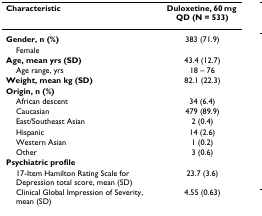
<table><thead><tr><td><b>Characteristic</b></td><td><b>Duloxetine, 60 mg QD (N = 533)</b></td></tr></thead><tbody><tr><td><b>Gender, n (%)</b></td><td>383 (71.9)</td></tr><tr><td> Female</td><td></td></tr><tr><td><b>Age, mean yrs (SD)</b></td><td>43.4 (12.7)</td></tr><tr><td> Age range, yrs</td><td>18 – 76</td></tr><tr><td><b>Weight, mean kg (SD)</b></td><td>82.1 (22.3)</td></tr><tr><td><b>Origin, n (%)</b></td><td></td></tr><tr><td> African descent</td><td>34 (6.4)</td></tr><tr><td> Caucasian</td><td>479 (89.9)</td></tr><tr><td> East/Southeast Asian</td><td>2 (0.4)</td></tr><tr><td> Hispanic</td><td>14 (2.6)</td></tr><tr><td> Western Asian</td><td>1 (0.2)</td></tr><tr><td> Other</td><td>3 (0.6)</td></tr><tr><td><b>Psychiatric profile</b></td><td></td></tr><tr><td> 17-Item Hamilton Rating Scale for Depression total score, mean (SD)</td><td>23.7 (3.6)</td></tr><tr><td> Clinical Global Impression of Severity, mean (SD)</td><td>4.55 (0.63)</td></tr></tbody></table>